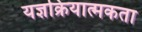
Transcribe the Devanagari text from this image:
यज्ञक्रियात्मकता